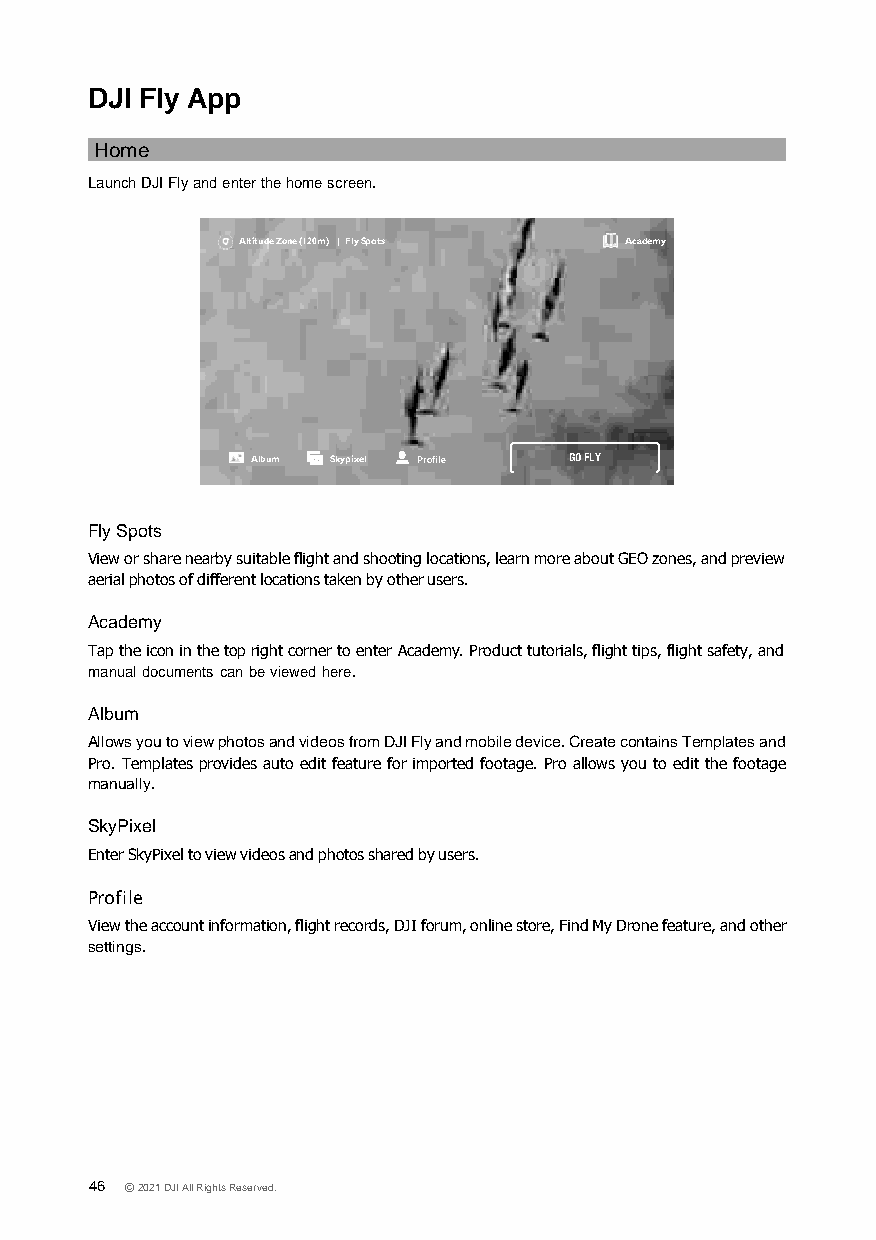
DJI Fly App
 Home
 Launch DJI Fly and enter the home screen.
 Altitude Zone (120m) Fly Spots Academy
 Album Skypixel Profile GO FLY
 Fly Spots
 View or share nearby suitable flight and shooting locations, learn more about GEO zones, and preview
 aerial photos of different locations taken by other users.
 Academy
 Tap the icon in the top right corner to enter Academy. Product tutorials, flight tips, flight safety, and
 manual documents can be viewed here.
 Album
 Allows you to view photos and videos from DJI Fly and mobile device. Create contains Templates and
 Pro. Templates provides auto edit feature for imported footage. Pro allows you to edit the footage
 manually.
 SkyPixel
 Enter SkyPixel to view videos and photos shared by users.
 Profile
 View the account information, flight records, DJI forum, online store, Find My Drone feature, and other
 settings.
 46 © 2021 DJI All Rights Reserved.